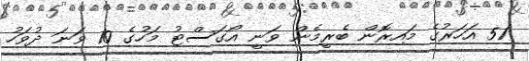
51 އަހަރުގެ މައިރޮން ބެރީމެން ވަނީ އޯގަސްޓު މަހުގެ 10 ވަނަ ދުވަހު